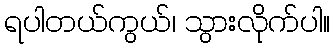
ရပါတယ်ကွယ်၊ သွားလိုက်ပါ။